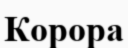
Корора